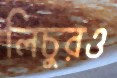
লিচুরও